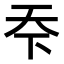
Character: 𬻊